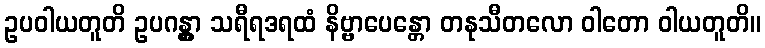
ဥပဝါယတူတိ ဥပဂန္တွာ သရီရဒရထံ နိဗ္ဗာပေန္တော တနုသီတလော ဝါတော ဝါယတူတိ။